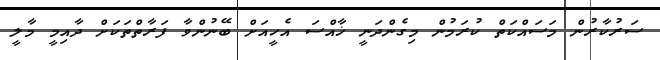
ސަރުކާރުން މަސައްކަތް ކުރަމުން މިގެންދަނީ ޚާއްސަ އެހީއަށް ބޭނުންވާ ފަރާތްތަކަށް ދާއިމީ މާލީ